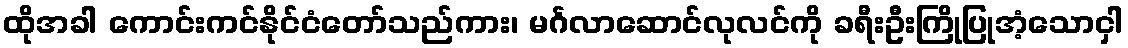
ထိုအခါ ကောင်းကင်နိုင်ငံတော်သည်ကား၊ မင်္ဂလာဆောင်လုလင်ကို ခရီးဦးကြိုပြုအံ့သောငှါ